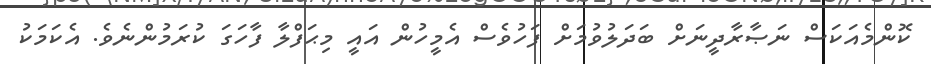
ކޮންމެއަކަސް ނަޞާރާދީނަށް ބަދަލުވުމަށް ފަހުވެސް އެމީހުން އައީ މިޙަފްލާ ފާހަގަ ކުރަމުންނެވެ. އެކަމަކު